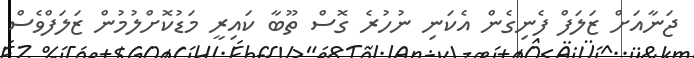
ޖަނާއަށް ޒަލަފް ފެނިގެން އެކަނި ނުހުރެ ގޮސް ތޫބާ ކައިރީ މަޑުކޮށްލުމުން ޒަލަފްވެސް